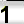
Digit: 1